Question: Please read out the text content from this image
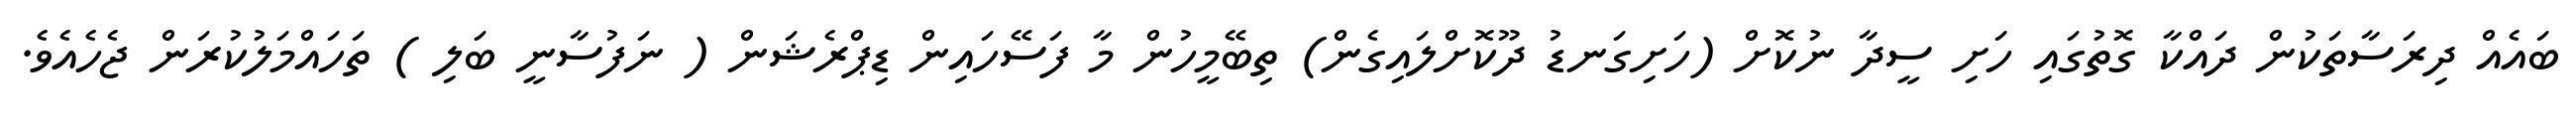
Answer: ބައެއް ދިރަސާތަކުން ދައްކާ ގޮތުގައި ހަށި ސީދާ ނުކޮށް (ހަށިގަނޑު ދޫކޮށްލައިގެން) ތިބޭމީހުން މާ ފަސޭހައިން ޑިޕްރެޝަން ( ނަފުސާނީ ބަލި ) ތަހައްމަލުކުރަން ޖެހެއެވެ.